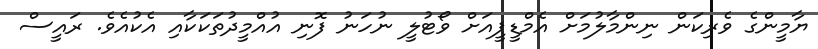
ޔާމީންގެ ވެރިކަން ނިންމާލުމަށް އެމްޑީޕީއަށް ވޯޓުލީ ނުހަނު ފޮނި އުއްމީދުތަކަކާއި އެކުއެވެ. ރައީސް